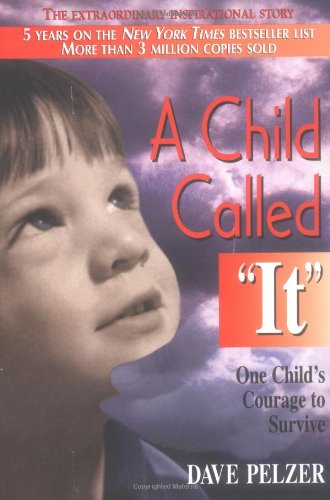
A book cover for A Child Called It: One Child's Courage to Survive; Dave Pelzer; Parenting & Relationships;